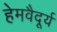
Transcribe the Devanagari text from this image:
हेमवैदूर्य